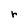
Character: r